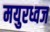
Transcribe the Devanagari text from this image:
मयुरध्वज